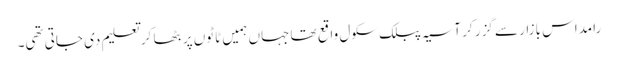
رامداس بازار سے گزر کر آسیہ پبلک سکول واقع تھا جہاں ہمیں ٹاٹوں پر بٹھا کر تعلیم دی جاتی تھی۔